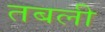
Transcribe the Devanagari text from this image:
तबली